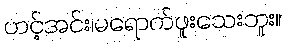
ဟင့်အင်း၊မရောက်ဖူးသေးဘူး။